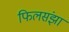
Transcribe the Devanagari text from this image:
फिलसंझा